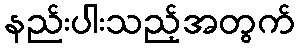
နည်းပါးသည့်အတွက်